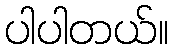
ပါပါတယ်။